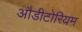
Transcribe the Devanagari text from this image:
औडीटोरियम